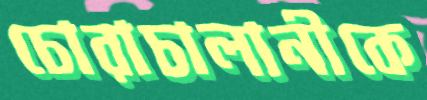
চোরাচালানীকে